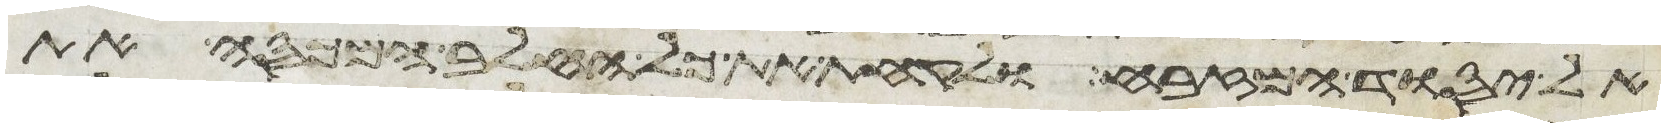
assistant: אל יסוד המזבח ולקחת את כל החלב המכסה את